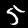
Digit: 5